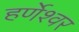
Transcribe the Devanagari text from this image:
हर्णेश्वर